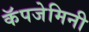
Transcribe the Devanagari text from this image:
कॅपजेमिनी